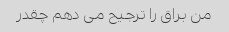
من براق را ترجیح می دهم چقدر